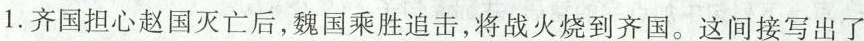
1.齐国担心赵国灭亡后，魏国乘胜追击，将战火烧到齐国。这间接写出了